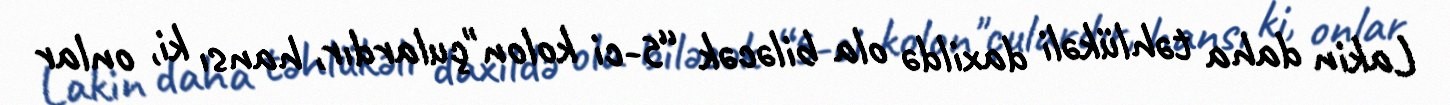
Lakin daha təhlükəli daxildə ola biləcək “5-ci kolon"çulardır, hansı ki, onlar